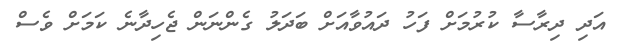
އަދި ދިރާސާ ކުރުމަށް ފަހު ދައުވާއަށް ބަދަލު ގެންނަން ޖެހިދާނެ ކަމަށް ވެސް